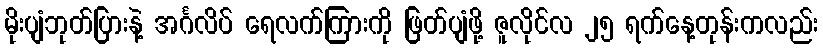
မိုးပျံဘုတ်ပြားနဲ့ အင်္ဂလိပ် ရေလက်ကြားကို ဖြတ်ပျံဖို့ ဇူလိုင်လ ၂၅ ရက်နေ့တုန်းကလည်း